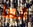
انها